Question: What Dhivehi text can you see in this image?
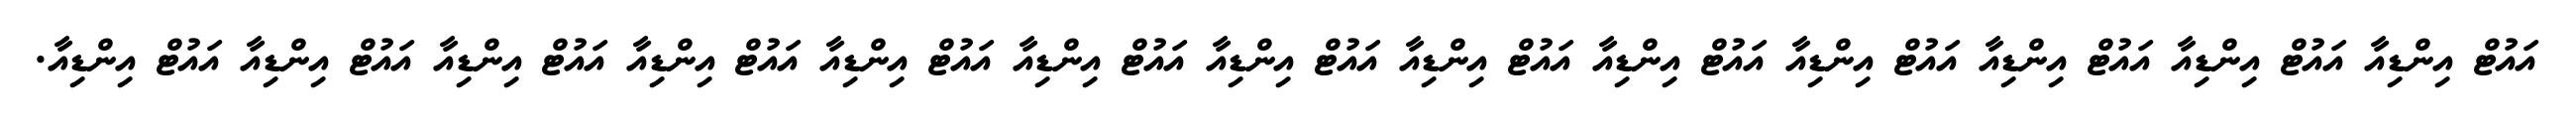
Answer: އައުޓް އިންޑިއާ އައުޓް އިންޑިއާ އައުޓް އިންޑިއާ އައުޓް އިންޑިއާ އައުޓް އިންޑިއާ އައުޓް އިންޑިއާ އައުޓް އިންޑިއާ އައުޓް އިންޑިއާ އައުޓް އިންޑިއާ އައުޓް އިންޑިއާ އައުޓް އިންޑިއާ އައުޓް އިންޑިއާ އައުޓް އިންޑިއާ.